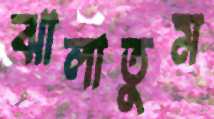
ঝালাতুম